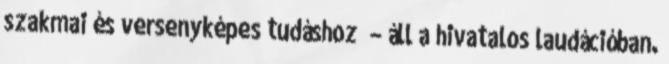
szakmai és versenyképes tudáshoz” – áll a hivatalos laudációban.